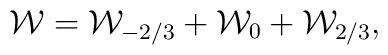
{\cal W}= {\cal W}_{-{2/3}} +{\cal W}_0 + {\cal W}_{2/3},